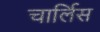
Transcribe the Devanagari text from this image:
चार्लिस